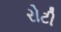
રોટી